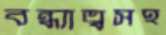
বন্ধ্যাত্বসহ